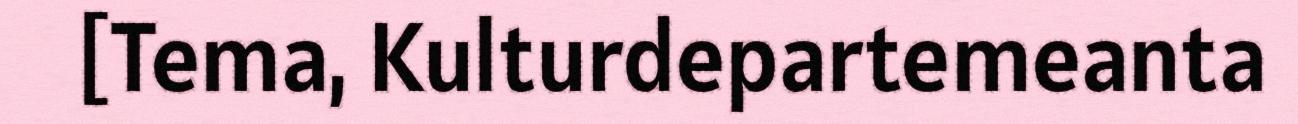
[Tema, Kulturdepartemeanta